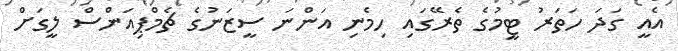
އެއީ ގަދަ ހަތަރު ޓީމުގެ ތެރޭގައި ހިމެނި އަންނަ ސީޒަނުގެ ޗެމްޕިއަންސް ލީގަށް